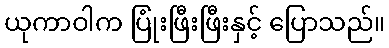
ယုကာဝါက ပြုံးဖြီးဖြီးနှင့် ပြောသည်။